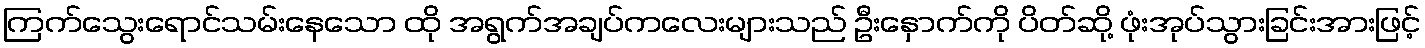
ကြက်သွေးရောင်သမ်းနေသော ထို အရွက်အချပ်ကလေးများသည် ဦးနှောက်ကို ပိတ်ဆို့ ဖုံးအုပ်သွားခြင်းအားဖြင့်